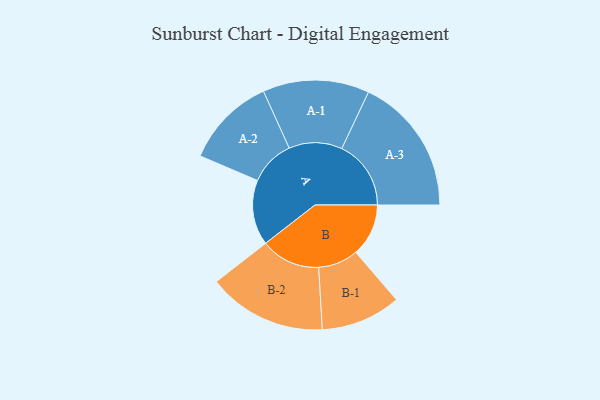
{"axis": {"x": "Segment", "y": "Value"}, "legend": ["", "A", "B"], "data": [{"x": "A", "y": 261, "type": ""}, {"x": "B", "y": 211, "type": ""}, {"x": "A-1", "y": 213, "type": "A"}, {"x": "A-2", "y": 182, "type": "A"}, {"x": "A-3", "y": 277, "type": "A"}, {"x": "B-1", "y": 160, "type": "B"}, {"x": "B-2", "y": 238, "type": "B"}]}